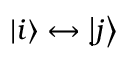
\ensuremath { \left| i \right\rangle } \leftrightarrow \ensuremath { \left| j \right\rangle }